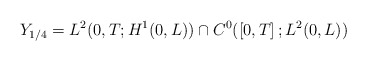
\begin{align*}Y_{1/4}=L^{2}( 0,T;H^{1}( 0,L) ) \cap C^{0}(\left[ 0,T\right] ;L^{2}( 0,L) ) \end{align*}